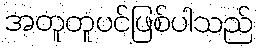
အတူတူပင်ဖြစ်ပါသည်